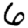
Digit: 6